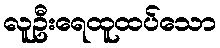
လူဦးရေထူထပ်သော